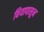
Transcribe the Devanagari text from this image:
बियापासून